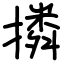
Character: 撛